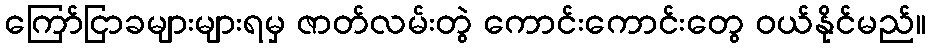
ကြော်ငြာခများများရမှ ဇာတ်လမ်းတွဲ ကောင်းကောင်းတွေ ဝယ်နိုင်မည်။